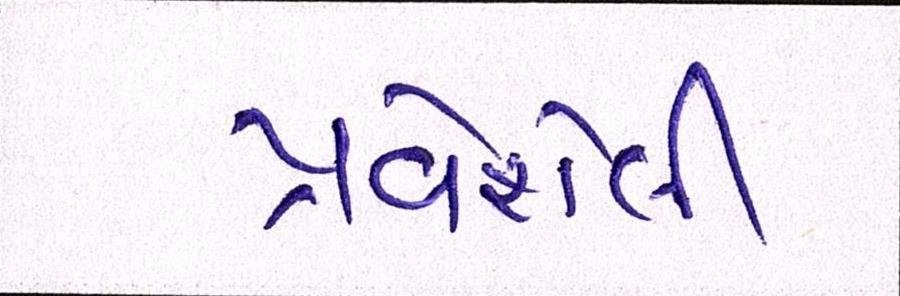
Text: પ્રવેશેલી